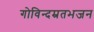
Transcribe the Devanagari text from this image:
गोविन्दम्रतभजन